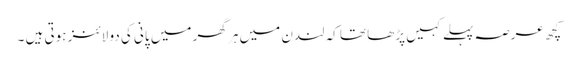
کچھ عرصہ پہلے کہیں پڑھا تھا کہ لندن میں ہر گھر میں پانی کی دو لائنز ہوتی ہیں ۔